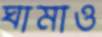
ঘামাও